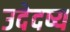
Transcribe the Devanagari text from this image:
उदेदष्य